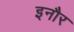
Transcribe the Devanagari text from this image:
इनौर